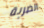
الضربة